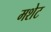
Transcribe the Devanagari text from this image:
मशेट